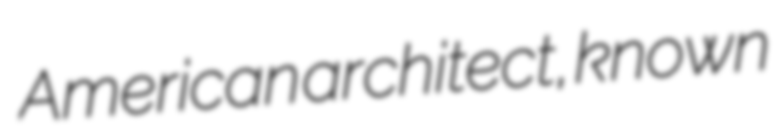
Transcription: American architect, known